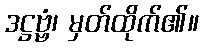
ဒဋ္ဌဗ္ဗံ၊ မှတ်ထိုက်၏။